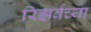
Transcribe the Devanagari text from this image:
रिझर्वच्या